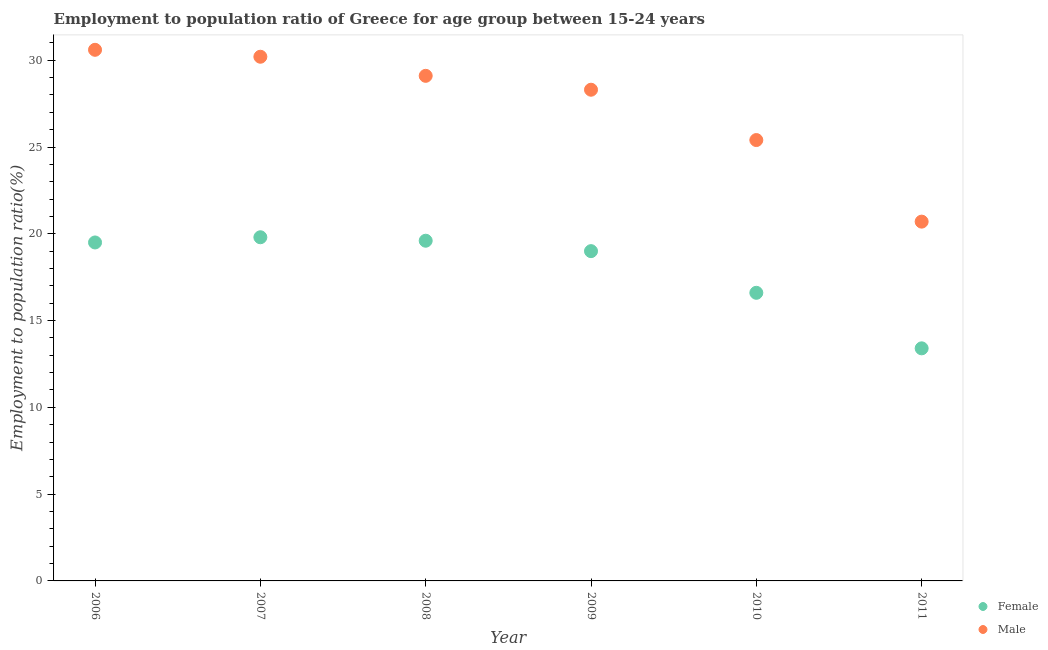
| Year | Female | Male |
 | --- | --- | --- |
 | 2006 | 19.5 | 30.6 |
 | 2007 | 19.8 | 30.2 |
 | 2008 | 19.6 | 29.1 |
 | 2009 | 19 | 28.3 |
 | 2010 | 16.6 | 25.4 |
 | 2011 | 13.4 | 20.7 |